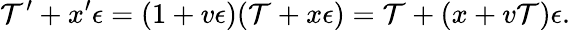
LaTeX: \mathcal{T}^{\prime}+x^{\prime}\epsilon=(1+v\epsilon)(\mathcal{T}+x\epsilon)=\mathcal{T}+(x+v\mathcal{T})\epsilon.